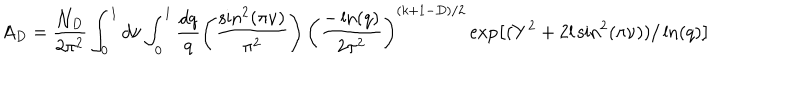
LaTeX: A _ { D } = \frac { { \cal N } _ { D } } { 2 \pi ^ { 2 } } \int _ { 0 } ^ { 1 } d \nu \int _ { 0 } ^ { 1 } \frac { d q } { q } \left( \frac { \sin ^ { 2 } ( \pi \nu ) } { \pi ^ { 2 } } \right) \left( \frac { - \ln ( q ) } { 2 \pi ^ { 2 } } \right) ^ { ( k + 1 - D ) / 2 } \exp \left[ ( Y ^ { 2 } + 2 l \sin ^ { 2 } ( \pi \nu ) ) / \ln ( q ) \right]